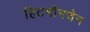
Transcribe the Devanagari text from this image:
हिटमोनचैन